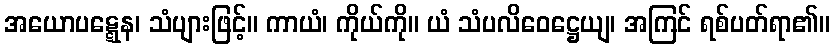
အယောပဋ္ဋေန၊ သံပျားဖြင့်။ ကာယံ၊ ကိုယ်ကို။ ယံ သံပလိဝေဋ္ဌေယျ၊ အကြင် ရစ်ပတ်ရာ၏။